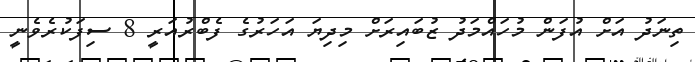
ތިނަދު އަށް އުފަން މުހައްމަދު ޒުބައިރަށް މިދިޔަ އަހަރުގެ ފެބްރުއަރީ 8 ސިފަކުރެވެނީ